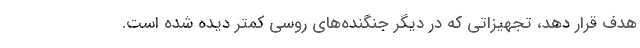
هدف قرار دهد، تجهیزاتی که در دیگر جنگنده‌های روسی کمتر دیده شده است.